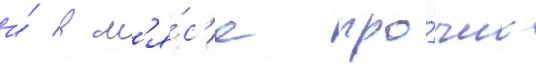
и́ в м'я́с'е про́чих